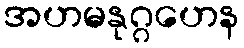
အဟမနုဂ္ဂဟေန